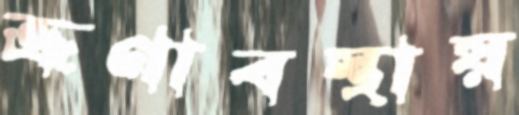
ভ্রূণাবস্থায়